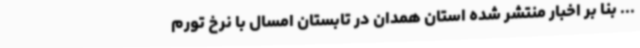
... بنا بر اخبار منتشر شده استان همدان در تابستان امسال با نرخ تورم